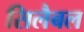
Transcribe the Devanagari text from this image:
सिलैबल